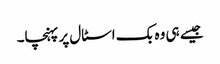
جیسے ہی وہ بک اسٹال پر پہنچا۔